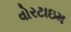
વોરટાઇમ